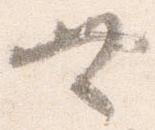
無